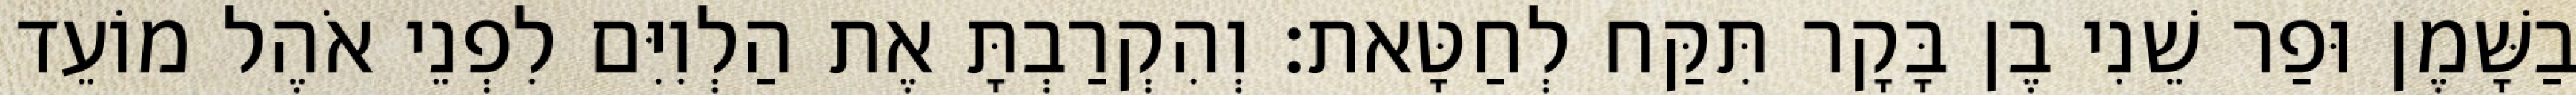
בַשָּׁמֶן וּפַר שֵׁנִי בֶן בָּקָר תִּקַּח לְחַטָּאת׃ וְהִקְרַבְתָּ אֶת הַלְוִיִּם לִפְנֵי אֹהֶל מוֹעֵד